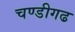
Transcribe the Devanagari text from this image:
चण्‍डीगढ